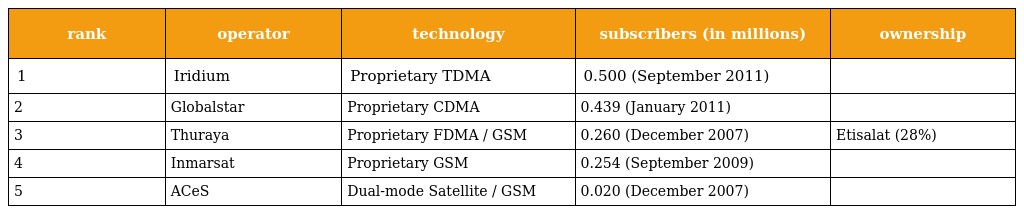
| rank | operator | technology | subscribers (in millions) | ownership |
 | --- | --- | --- | --- | --- |
 | 1 | Iridium | Proprietary TDMA | 0.500 (September 2011) |  |
 | 2 | Globalstar | Proprietary CDMA | 0.439 (January 2011) |  |
 | 3 | Thuraya | Proprietary FDMA / GSM | 0.260 (December 2007) | Etisalat (28%) |
 | 4 | Inmarsat | Proprietary GSM | 0.254 (September 2009) |  |
 | 5 | ACeS | Dual-mode Satellite / GSM | 0.020 (December 2007) |  |